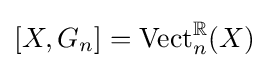
[X,G_{n}]=\operatorname {Vect} _{n}^{\mathbb {R} }(X)